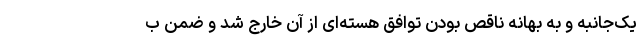
یک‌جانبه و به بهانه ناقص بودن توافق هسته‌ای از آن خارج شد و ضمن ب